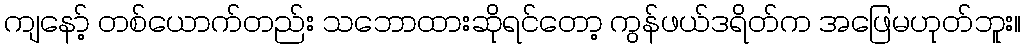
ကျနော့် တစ်ယောက်တည်း သဘောထားဆိုရင်တော့ ကွန်ဖယ်ဒရိတ်က အဖြေမဟုတ်ဘူး။